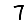
Digit: 7